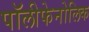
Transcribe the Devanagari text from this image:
पॉलीफेनोलिक